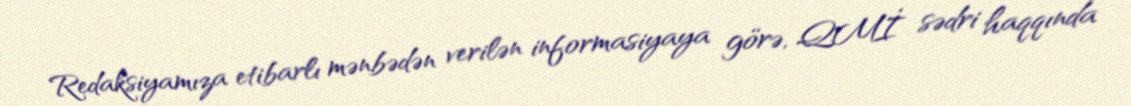
Redaksiyamıza etibarlı mənbədən verilən informasiyaya görə, QMİ sədri haqqında